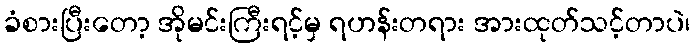
ခံစားပြီးတော့ အိုမင်းကြီးရင့်မှ ရဟန်းတရား အားထုတ်သင့်တာပဲ၊